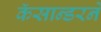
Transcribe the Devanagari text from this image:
कॅसान्डरने